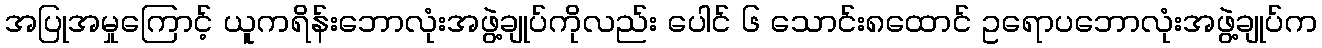
အပြုအမှုကြောင့် ယူကရိန်းဘောလုံးအဖွဲ့ချုပ်ကိုလည်း ပေါင် ၆ သောင်း၈ထောင် ဥရောပဘောလုံးအဖွဲ့ချုပ်က